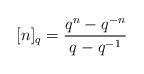
LaTeX: \begin{align*}[n]_q=\frac{q^n-q^{-n}}{q-q^{-1}}\end{align*}